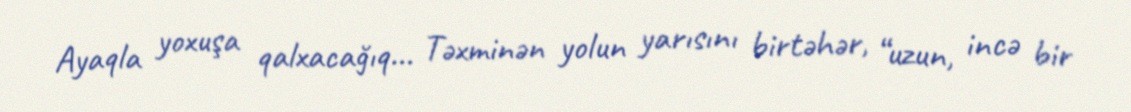
Ayaqla yoxuşa qalxacağıq... Təxminən yolun yarısını birtəhər, “uzun, incə bir